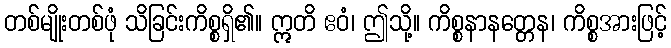
တစ်မျိုးတစ်ဖုံ သိခြင်းကိစ္စရှိ၏။ ဣတိ ဧဝံ၊ ဤသို့။ ကိစ္စနာနတ္တေန၊ ကိစ္စအားဖြင့်